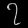
Digit: ၇